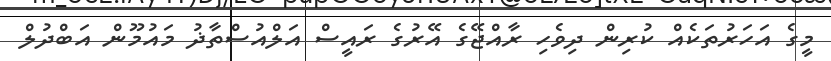
މީގެ އަހަރުތަކެއް ކުރިން ދިވެހި ރާއްޖޭގެ އޭރުގެ ރައީސް އަލްއުސްތާޛު މައުމޫން އަބްދުލް